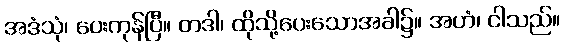
အဒံသုံ၊ ပေးကုန်ပြီ။ တဒါ၊ ထိုသို့ပေးသောအခါ၌။ အဟံ၊ ငါသည်။